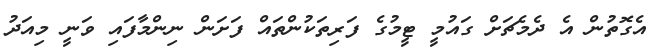
އެގޮތުން އެ ދެމެޗަށް ގައުމީ ޓީމުގެ ފަރިތަކުންތައް ފަށަން ނިންމާފައި ވަނީ މިއަދު